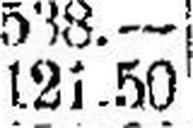
121.50